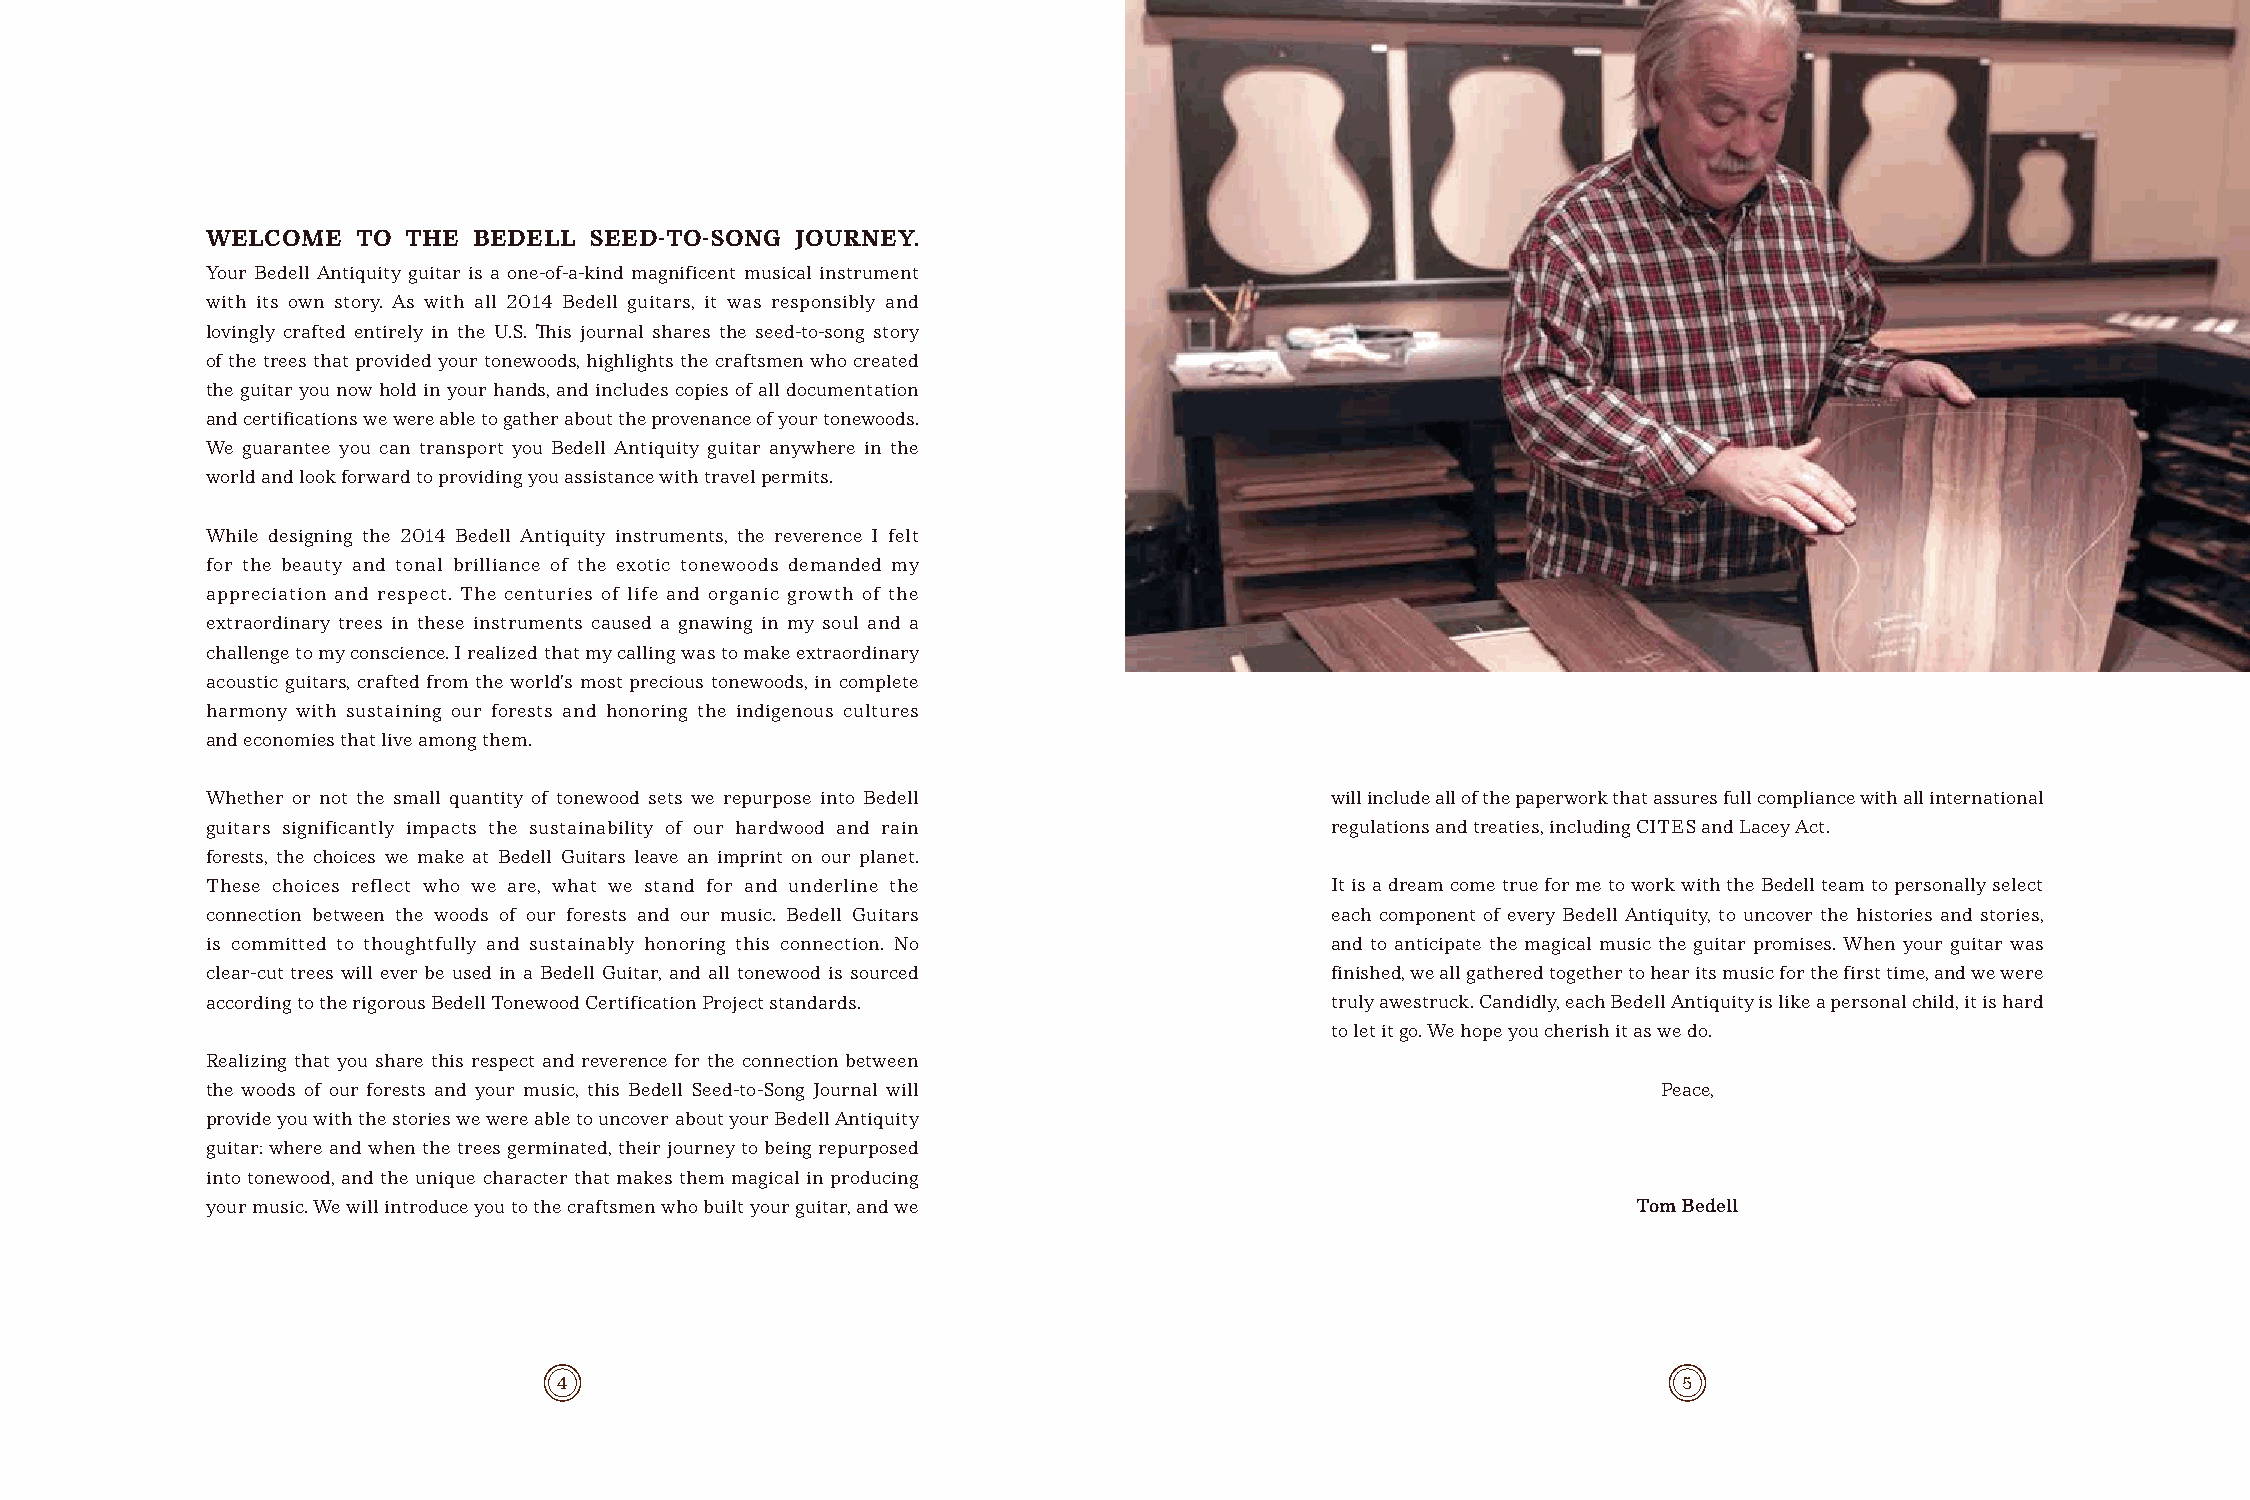
WELCOME   TO THE BEDELL  SEED-TO-SONG  JOURNEY.
 Your Bedell Antiquity guitar is a one-of-a-kind magnificent musical instrument
 with its own story. As with all 2014 Bedell guitars, it was responsibly and
 lovingly crafted entirely in the U.S. This journal shares the seed-to-song story
 of the trees that provided your tonewoods, highlights the craftsmen who created
 the guitar you now hold in your hands, and includes copies of all documentation
 and certifications we were able to gather about the provenance of your tonewoods.
 We guarantee you can transport you Bedell Antiquity guitar anywhere in the
 world and look forward to providing you assistance with travel permits.
 While designing the 2014 Bedell Antiquity instruments, the reverence I felt
 for the beauty and tonal brilliance of the exotic tonewoods demanded my
 appreciation and respect. The centuries of life and organic growth of the
 extraordinary trees in these instruments caused a gnawing in my soul and a
 challenge to my conscience. I realized that my calling was to make extraordinary
 acoustic guitars, crafted from the world’s most precious tonewoods, in complete
 harmony with sustaining our forests and honoring the indigenous cultures
 and economies that live among them.
 Whether or not the small quantity of tonewood sets we repurpose into Bedell will include all of the paperwork that assures full compliance with all international
 guitars significantly impacts the sustainability of our hardwood and rain regulations and treaties, including CITES and Lacey Act.
 forests, the choices we make at Bedell Guitars leave an imprint on our planet.
 These choices reflect who we are, what we stand for and underline the     It is a dream come true for me to work with the Bedell team to personally select
 connection between the woods of our forests and our music. Bedell Guitars each component of every Bedell Antiquity, to uncover the histories and stories,
 is committed to thoughtfully and sustainably honoring this connection. No and to anticipate the magical music the guitar promises. When your guitar was
 clear-cut trees will ever be used in a Bedell Guitar, and all tonewood is sourced finished, we all gathered together to hear its music for the first time, and we were
 according to the rigorous Bedell Tonewood Certification Project standards. truly awestruck. Candidly, each Bedell Antiquity is like a personal child, it is hard
 to let it go. We hope you cherish it as we do.
 Realizing that you share this respect and reverence for the connection between
 the woods of our forests and your music, this Bedell Seed-to-Song Journal will                  Peace,
 provide you with the stories we were able to uncover about your Bedell Antiquity
 guitar: where and when the trees germinated, their journey to being repurposed
 into tonewood, and the unique character that makes them magical in producing
 your music. We will introduce you to the craftsmen who built your guitar, and we              Tom Bedell
 4                                                                         5